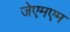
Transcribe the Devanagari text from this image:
जेएमएम